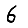
Digit: 6